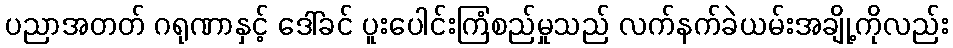
ပညာအတတ် ဂရုဏာနှင့် ဒေါ်ခင် ပူးပေါင်းကြံစည်မှုသည် လက်နက်ခဲယမ်းအချို့ကိုလည်း